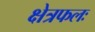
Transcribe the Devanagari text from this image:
क्षेत्रफलः